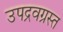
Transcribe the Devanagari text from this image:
उपद्रवग्रस्त